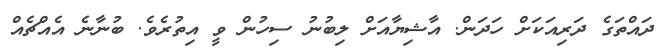
ދައްތަގެ ދަރިއަކަށް ހަދަން. އާޝިޔާއަށް ލިބުނު ސިހުން ވީ އިތުރެވެ. ބުނާނެ އެއްޗެއް